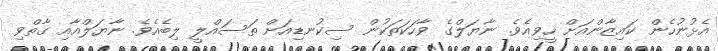
އެޅުނުހެން ކައިޒާންއަށް ހީވިއެވެ. ނާޔަލްގެ ވާހަކަތަކުން ސިކުނޑިއަށް ތަސައްލީ ލިބެއެވެ. ނާޔަލްއާއި ގާތްވި